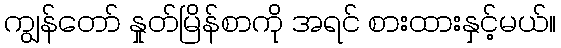
ကျွန်တော် နှုတ်မြိန်စာကို အရင် စားထားနှင့်မယ်။